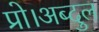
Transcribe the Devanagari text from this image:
प्रो।अब्दुल